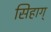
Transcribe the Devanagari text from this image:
सिहाग्